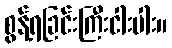
စွန့်ရခြင်းကြီးငါးပါး။